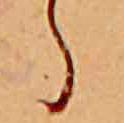
ら